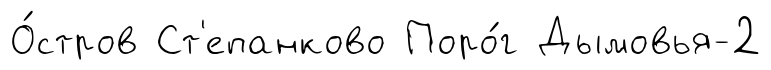
О́стров Ст'епанково Поро́г Дымовья-2